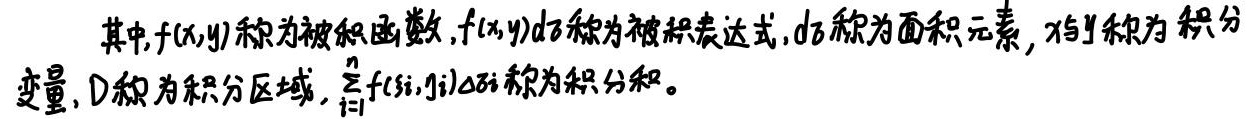
其中，$f(x,y)$称为被积函数，$f(x,y)d\sigma$称为被积表达式，$d\sigma$称为面积元素，$x,y$称为积分变量，$D$称为积分区域，$\sum_{i = 1}^{n}f(\xi_{i},\eta_{i})\Delta\sigma_{i}$称为积分和。